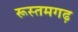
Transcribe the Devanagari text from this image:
रूस्तमगढ़